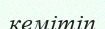
кемітіп